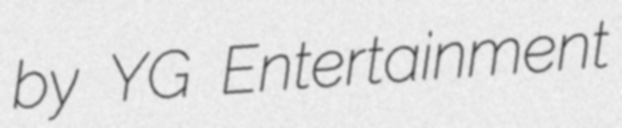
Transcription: by YG Entertainment